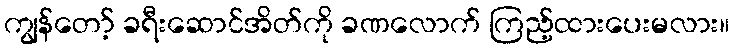
ကျွန်တော့် ခရီးဆောင်အိတ်ကို ခဏလောက် ကြည့်ထားပေးမလား။